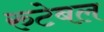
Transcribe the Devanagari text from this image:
रुटेबल